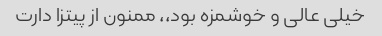
خیلی عالی و خوشمزه بود،، ممنون از پیتزا دارت